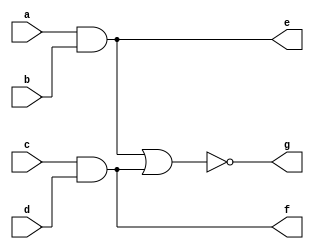
`timescale 1ns / 1ps
//////////////////////////////////////////////////////////////////////////////////
// Company: 
// Engineer: 
// 
// Design Name: 
// Module Name: inv
// Project Name: 
// Target Devices: 
// Tool Versions: 
// Description: 
// 
// Dependencies: 
// 
// Revision:
// Revision 0.01 - File Created
// Additional Comments:
// 
//////////////////////////////////////////////////////////////////////////////////


module inv(
    input a,b ,c ,d,
    output e,f,g
    );
    assign e = a&b;
    assign f = c&d;
    assign g = ~(e|f);
endmodule